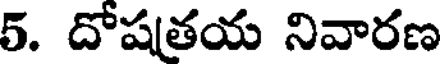
5. దోషతయ నివారణ